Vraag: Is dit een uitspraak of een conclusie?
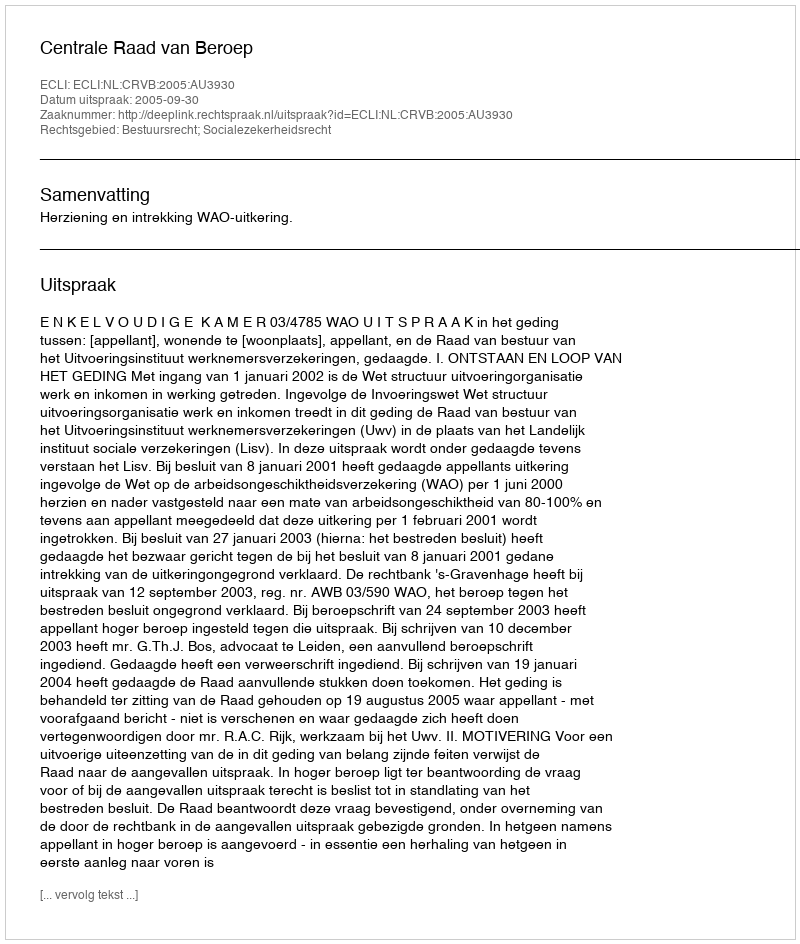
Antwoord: Uitspraak